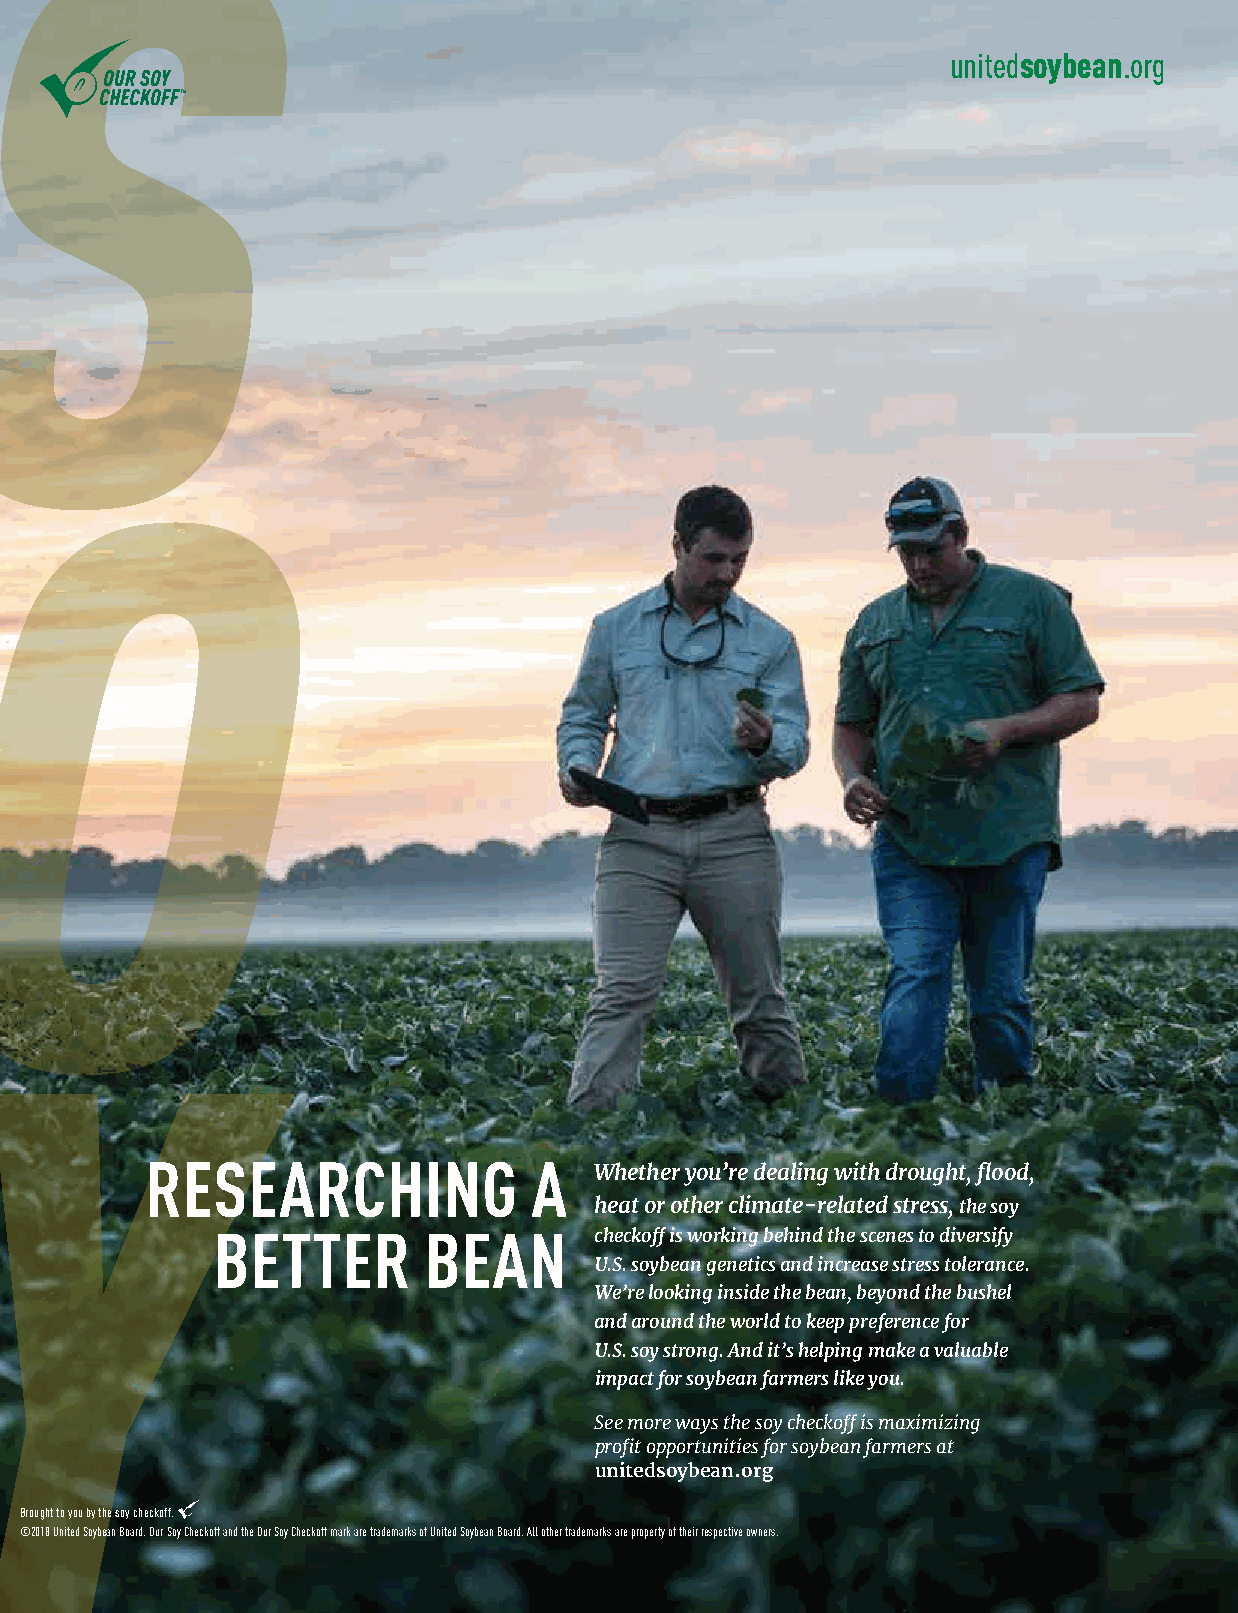
unitedsoybean.org
 RESEARCHING              A
 Whether you’re dealing with drought, flood,
 heat or other climate-related stress, the soy
 BETTER        BEAN       checkoff is working behind the scenes to diversify
 U.S. soybean genetics and increase stress tolerance.
 We’re looking inside the bean, beyond the bushel
 and around the world to keep preference for
 U.S. soy strong. And it’s helping make a valuable
 impact for soybean farmers like you.
 See more ways the soy checkoff is maximizing
 profit opportunities for soybean farmers at
 unitedsoybean.org
 Brought to you by the soy checkoff.
 © 2018 United Soybean Board. Our Soy Checkoff and the Our Soy Checkoff mark are trademarks of United Soybean Board. All other trademarks are property of their respective owners.
 4  The North Dakota Soybean Grower Magazine | February 2022
 ND AD_8.25 x 10.875_3-25-19.indd 4                                         3/25/19 2:04 PM